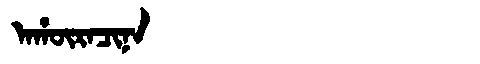
Manchu: ᠠᡥᡡᡵᠠᠴᡳᠨᠠ
Romanization: AHŪRACINA